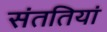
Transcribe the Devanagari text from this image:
संततियां